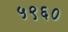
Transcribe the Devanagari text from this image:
५९६०